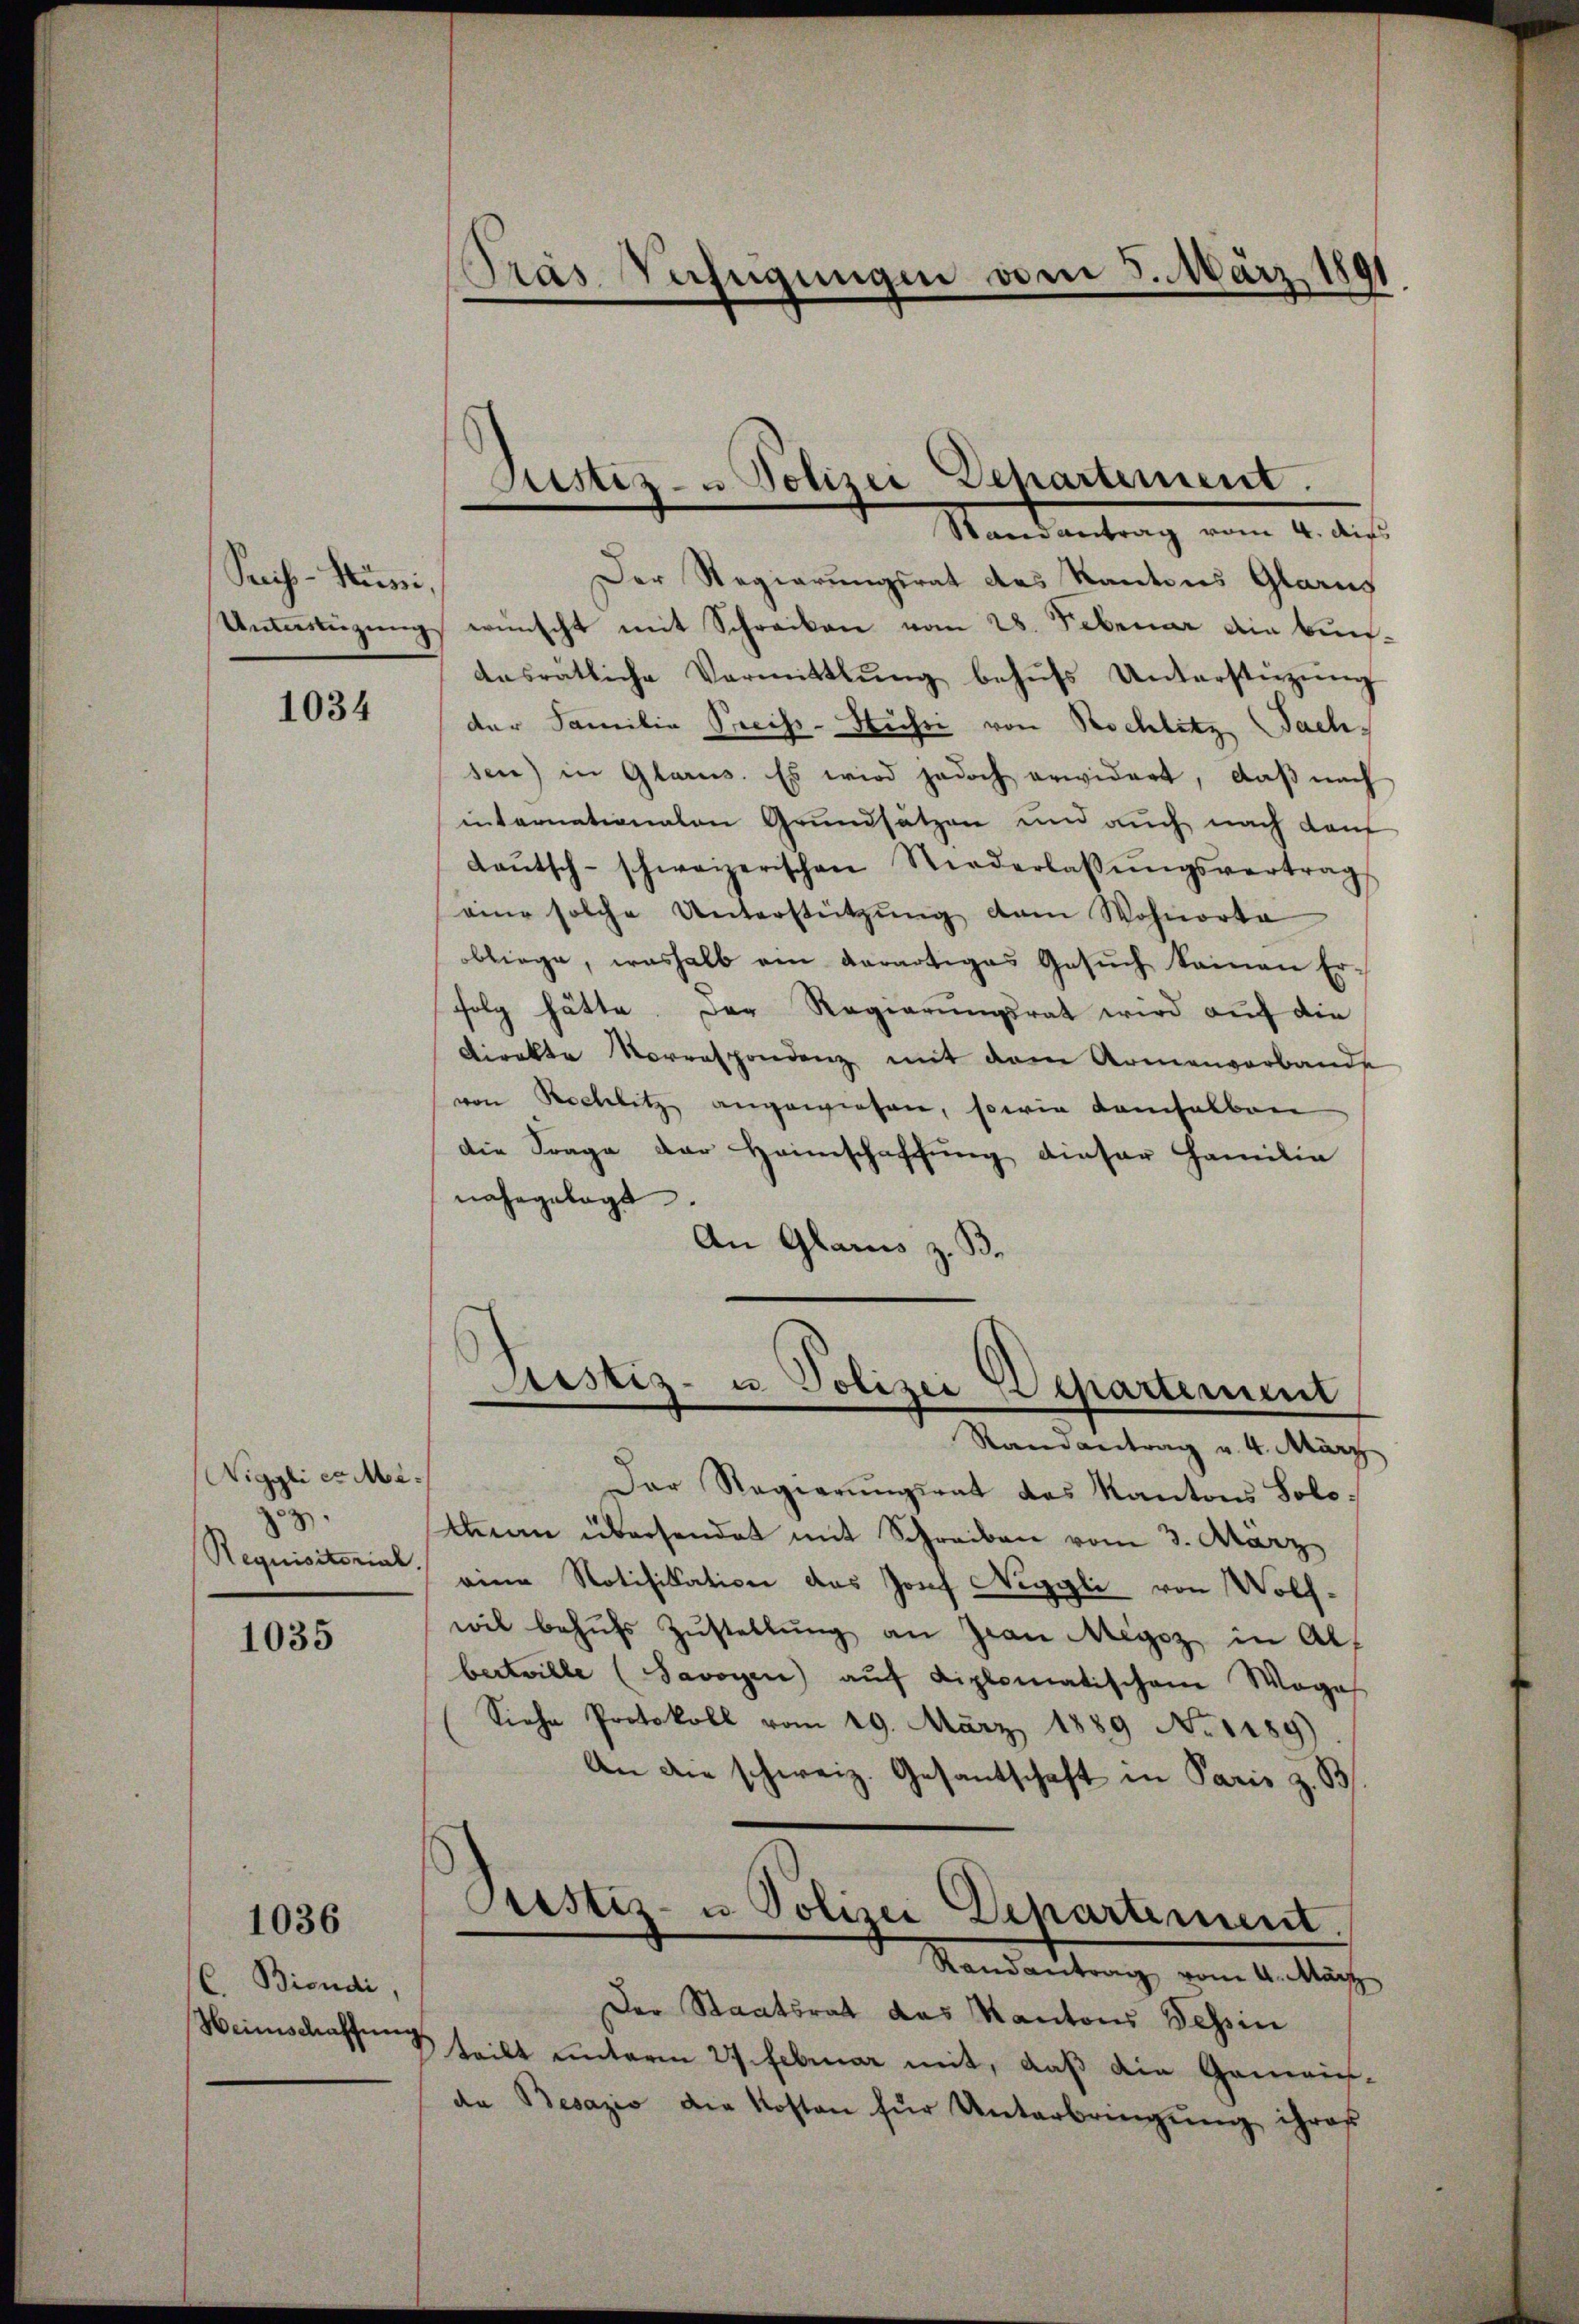
Preis-Kussi,

1035

1034

Niggli er Mi¬
33.
Requisitorial.

1036

C. Biondi
Weinschaffung

Der Regierungsrat des Kantons Glarus
Untertigung wünscht mit Schreiben vom 28. Februar die beidesrätliche Vermittlung behŭfs Unterstützŭng
der Familie Preiss-Husi von Rochlitz Sachsen) in Glarus. Es wird jedoch erwidert, daβ nach
internationalen Grundsätzen und auch nach Kauf
Laŭtsch-schweizerischen Niederlassŭngsvertrag
aine solche Unterstützŭng dam Wohnorta
bliege, washalb ein verartiges Gesŭch keinen Er-
folg hätte. Der Regierungsrat wird auf die
Direkte Vorrespondenz mit dem Armenverbande
von Rochlitz angewiesen, sowie damselben
die Frage der Heimschaffung dieser Familie
nahegelegt.
An Glarus z. B.
Ristiz- u Polizei Departement
Randantrag u. 4. März
Der Regierungsrat das Kantons Solo¬
Aan übersendet mit Schreiben vom 3. März
eine Notifikation des Josef Neggli von Wolfwil behufs Zustellung an Jean Megoz in Albectwille (Savoyen aŭf diplomatischem Weges
Siehe Protokoll vom 29. März 1889 No 1189).
An die schweiz. Gesantschaft in Paris z. B
Prustiz- u Polizei Departement.
Randantrag vom 4. März
Der Staatsrat das Kantons Tessin
teilt unterm 27. Februar mit, daß die Gemein-
de Besazio die Kosten für Unterbringŭng ihres

Pras Verfügungen vom 3. März 1891

Justiz- u Polizei Departement.
Randantrag vom 4. die